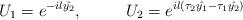
LaTeX: \begin{align*}U_1=e^{-il\hat{y_2}},~~~~~~~~U_2=e^{il(\tau_2\hat{y_1}-\tau_1\hat{y_2})}\end{align*}